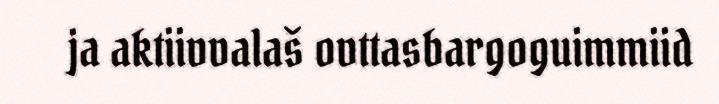
ja aktiivvalaš ovttasbargoguimmiid